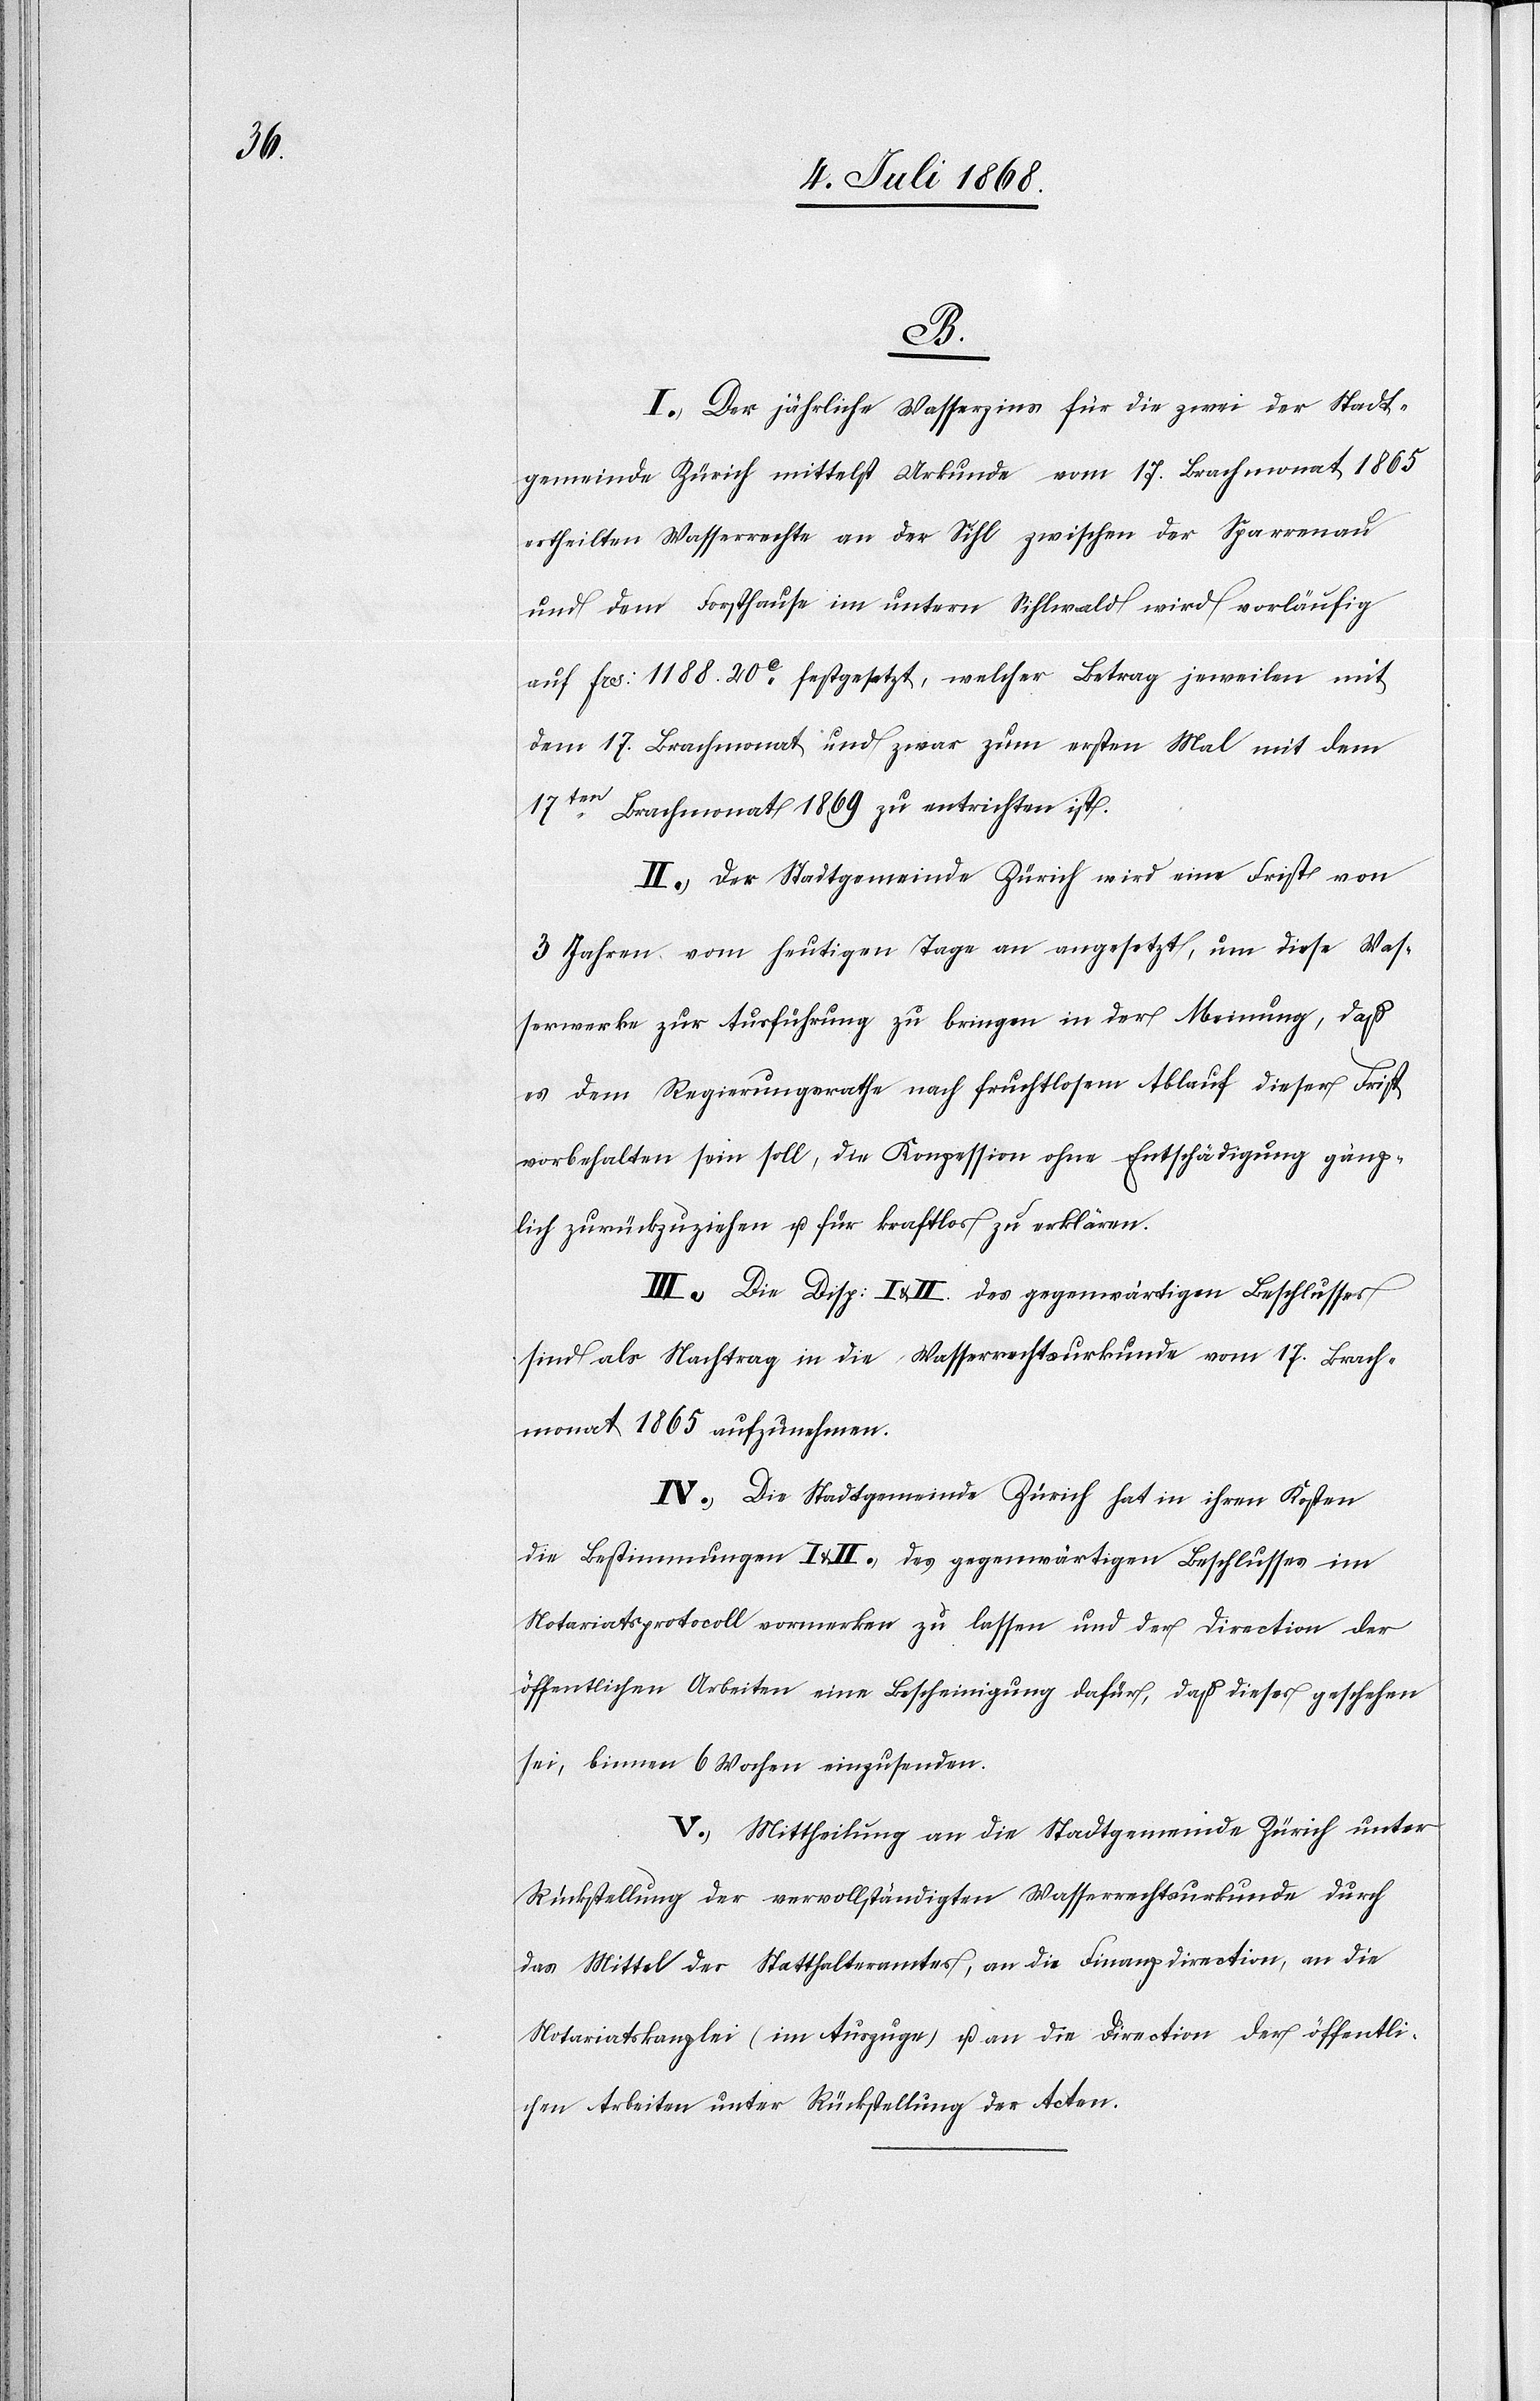
B.
I.) Der jährliche Wasserzins für die zwei der Stadt¬
gemeinde Zürich mittelst Urkunde vom 17. Brachmonat 1865
ertheilten Wasserrechte an der Sihl zwischen der Sparrenau
und dem Forsthause im untern Sihlwald wird vorläufig
auf Frs: 1188. 20c festgesetzt, welcher Betrag jeweilen mit
dem 17. Brachmonat und zwar zum ersten Mal mit dem
17ten Brachmonat 1869 zu entrichten ist.
II.) Der Stadtgemeinde Zürich wird eine Frist von
3 Jahren, vom heutigen Tage an angesetzt, um diese Was¬
serwerke zur Ausführung zu bringen in der Meinung, daß
es dem Regierungsrathe nach fruchtlosem Ablauf dieser Frist
vorbehalten sein soll, die Konzession ohne Entschädigung gänz¬
lich zurückzuziehen u. für kraftlos zu erklären.
III.) Die Disp: I & II. des gegenwärtigen Beschlusses
sind als Nachtrag in die Wasserrechtsurkunde vom 17. Brach¬
monat 1865 aufzunehmen.
IV.) Die Stadtgemeinde Zürich hat in ihren Kosten
die Bestimmungen I & II.) des gegenwärtigen Beschlusses im
Notariatsprotocoll vormerken zu lassen und der Direction der
öffentlichen Arbeiten eine Bescheinigung dafür, daß dieses geschehen
sei, binnen 6 Wochen einzusenden.
V.) Mittheilung an die Stadtgemeinde Zürich unter
Rückstellung der vervollständigten Wasserrechtsurkunde durch
das Mittel des Statthalteramtes, an die Finanzdirection, an die
Notariatskanzlei (im Auszuge) u. an die Direction der öffentli¬
chen Arbeiten unter Rückstellung der Acten.